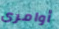
أوامرى